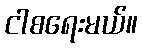
ငါစရေးမယ်။